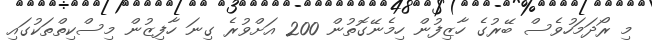
މި ރޯދަމަހުވެސް ބޭރުގެ ހާޒިފުން ހިމެނޭގޮތުން 200 އަށްވުރެ ގިނަ ހާފިޒުން މިސްކިތްތަކުގައި